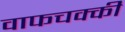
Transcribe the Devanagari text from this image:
वाफचक्की